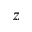
z